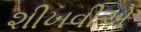
શીખવીએ